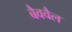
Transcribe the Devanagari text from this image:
बैववैल